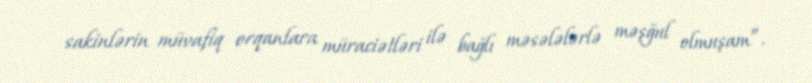
sakinlərin müvafiq orqanlara müraciətləri ilə bağlı məsələlərlə məşğul olmuşam”.